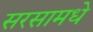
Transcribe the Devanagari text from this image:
सरसामधे